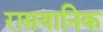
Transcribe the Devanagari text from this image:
रासयानिक